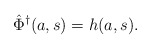
\begin{align*}\hat \Phi^\dagger(a,s) = h(a,s).\end{align*}